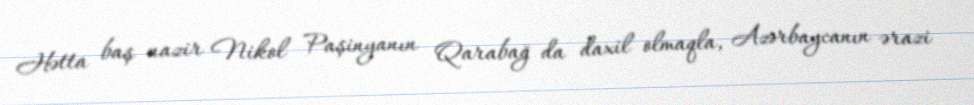
Hətta baş nazir Nikol Paşinyanın Qarabağ da daxil olmaqla, Azərbaycanın ərazi